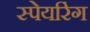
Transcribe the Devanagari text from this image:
स्पेयरिंग